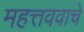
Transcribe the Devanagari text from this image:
महत्तववाचे